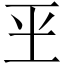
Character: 𰡮